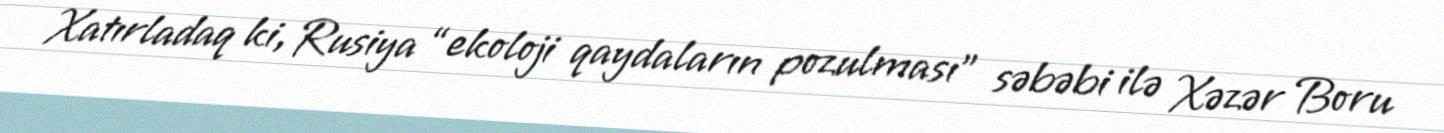
Xatırladaq ki, Rusiya “ekoloji qaydaların pozulması” səbəbi ilə Xəzər Boru